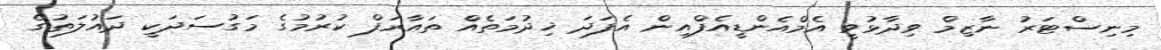
މިނިސްޓަރު ނާޒިމް ވިދާޅުވީ އެމްއެންޑީއެފްއިން އެފަދަ ޚިދުމަތެއް ތައާރަފް ކުރުމުގެ މަގުސަދަކީ ދައުލަތުގެ